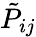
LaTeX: \tilde{P}_{ij}